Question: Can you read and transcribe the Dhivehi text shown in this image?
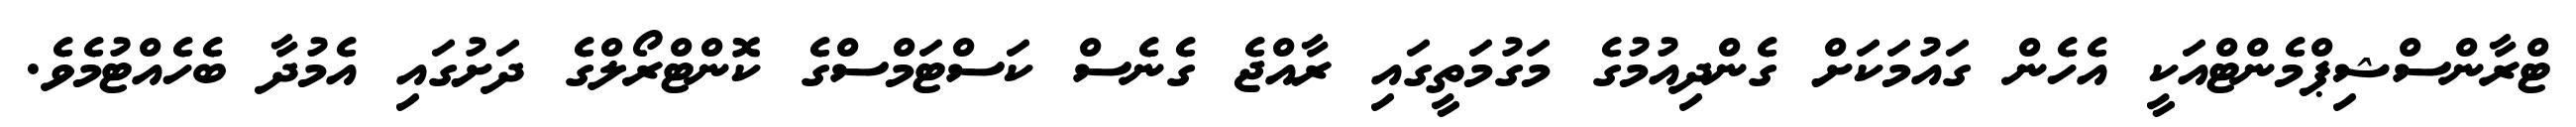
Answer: ޓްރާންސްޝިޕްމެންޓްއަކީ އެހެން ގައުމަކަށް ގެންދިއުމުގެ މަގުމަތީގައި ރާއްޖެ ގެނެސް ކަސްޓަމްސްގެ ކޮންޓްރޯލްގެ ދަށުގައި އެމުދާ ބެހެއްޓުމެވެ.